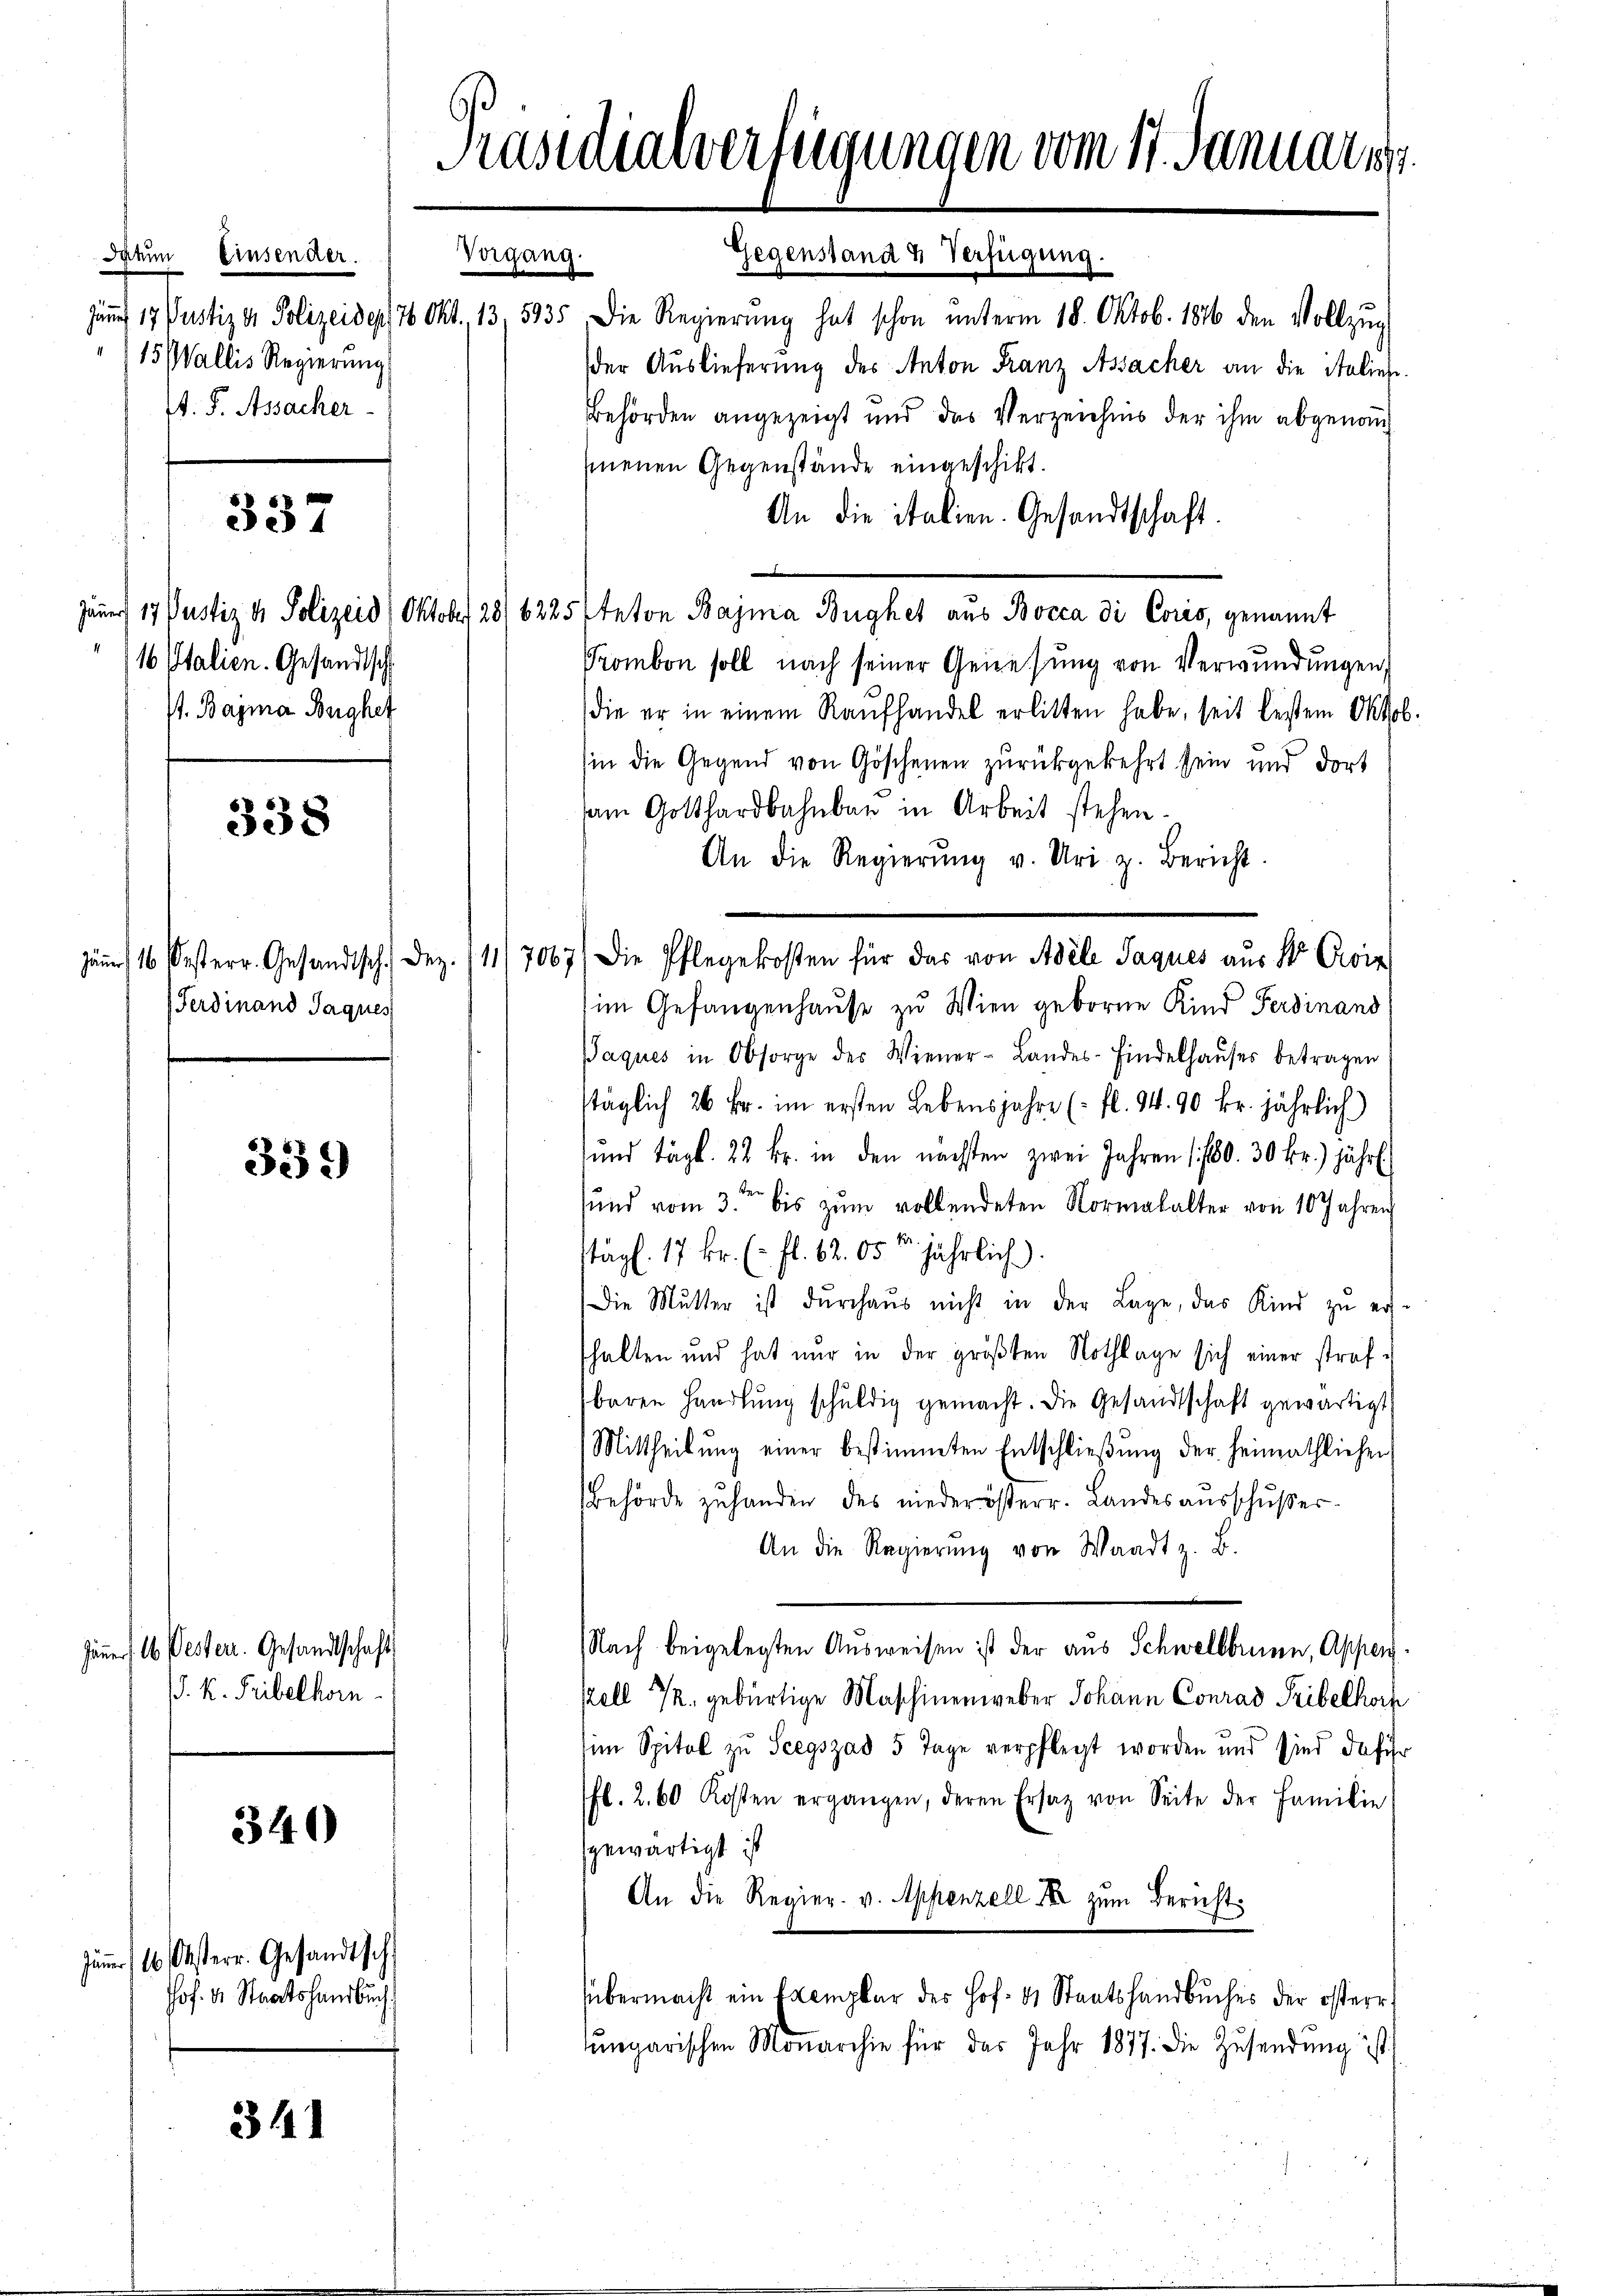
Datum Einsender.
15 Wallis Regierung
N. S. Assacher

337

16 Italien. Gesandtsch
st. Bayma Bughet

338

Ferdinand Jaques

339

Jännert. 16 Besterr. Gesandtschaft
/. K. Tribelhorn

340

Jänner (16. Oesterr. Gesandtsch
Jof. Dr Staatshandbuch

341

Präsidialverfügungen vom 17. Januar 1

Vergang.

Gegenstand & Verfügung.
Junn 17. Justiz v. Polizeiden 16 Okt. 13, 535, die Regierŭng hat schon ŭnterm 18. Oktob. 1846 den Vollzŭg
der Auslieferung des Anton Franz Assacher an die italiege.
Behörden angezeigt und das Verzeichnis der ihm abgenommenen Gegenstände eingeschikt.
An die italien. Gesandtschaft.
Jäner 17 Justiz & Polizeid) Oktober 28/6225 Anton Bajma Bughet aus Bocca di Coris, genannt
Prombon soll nach seiner Genesung von Verwundungen,
die er in einem Kaŭfhandel erlitten habe, seit besten Oktob
in die Gegend von Göschenen zurückgekehrt sein und dort
sam Gotthardbahnbar in Arbeit stehen.
An die Regierŭng v. Uri z. Bericht.
(im Gefangenhause zu Wien geborne Kind Ferdinand
Paques in Obsorge der Wiener-Landes-Findelhaŭses betragen
stäglich 26 Fr. im ersten Lebensjahre (fl. 94. 90 kr. jährlich)
und tägt. 22 kr. in den nächsten zwei Jahren 1780. 30 Fr.) jährl.
sund vom 3ten bis zum vollendeten Normalalter von 10 Jahren
stägl. 17 Fr. (fl. 62. 05 jährlich.
Die Mutter ist dŭrchaus nicht in der Lage, das Kind zu er-
shalten und hat nur in der größten Nothlage sich einer straf u
baren Handlung schuldig gemacht. Die Gesandtschaft gewärtigt
(Mittheilŭng einer bestimmten Entschlieβŭng der heimathlichen
Behörde zŭ handen des niederösterr. Landesaŭsschŭβer-
An die Regierŭng von Waadt z. B.
Nach beigelegten Ausweisen ist der aus Schwellbrunn, Appenkell 72. gebürtige Maschinenweber Johann Conrad Fribelhorf
sim Spital zu Seegszad 5 Tage verpflegt worden und sind dafür
fl. 2. 60 Kosten ergängen, deren Ersatz von Seite der Familie
gewärtigt ist
An die Regier. v. Appenzell Xr zum Bericht.
übermacht ein Exemplar des Hof- & Staatshandbuches der österr
ŭngarischen Monarchie für das Jahr 1877. die Zŭsendŭng ist

bestern betreff den 19. 10. die Pflege besten der die von Meile dann aus der Arie